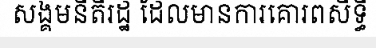
សង្គមនីតិរដ្ឋ ដែលមានការគោរពសិទ្ធិ